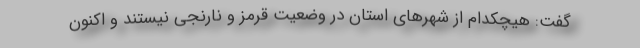
گفت: هیچکدام از شهرهای استان در وضعیت قرمز و نارنجی نیستند و اکنون